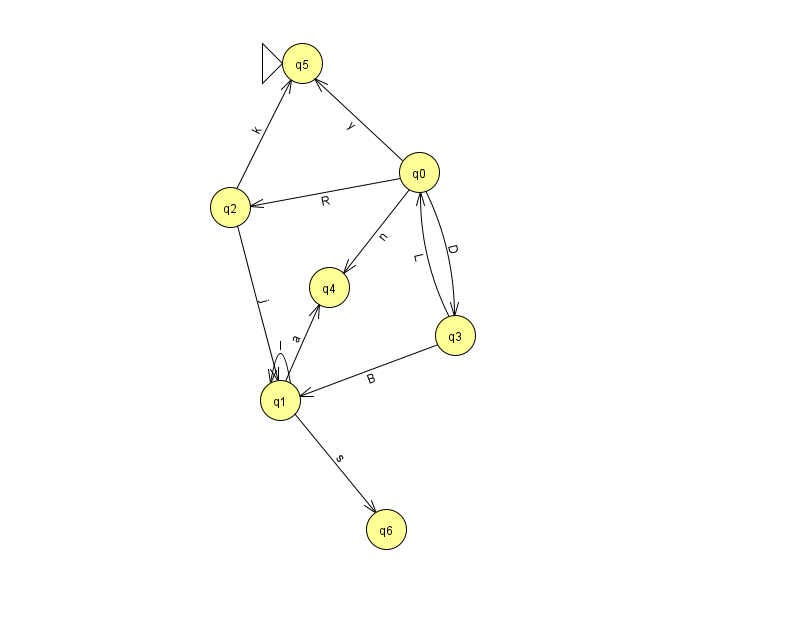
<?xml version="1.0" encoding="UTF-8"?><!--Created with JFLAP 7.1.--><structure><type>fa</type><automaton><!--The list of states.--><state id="0" name="q0"><x>419.0</x><y>159.0</y></state><state id="1" name="q1"><x>280.0</x><y>387.0</y></state><state id="2" name="q2"><x>230.0</x><y>194.0</y></state><state id="3" name="q3"><x>455.0</x><y>322.0</y></state><state id="4" name="q4"><x>329.0</x><y>274.0</y></state><state id="5" name="q5"><x>302.0</x><y>50.0</y><initial/></state><state id="6" name="q6"><x>386.0</x><y>516.0</y></state><!--The list of transitions.--><transition><from>2</from><to>5</to><read>k</read></transition><transition><from>3</from><to>0</to><read>L</read></transition><transition><from>3</from><to>1</to><read>B</read></transition><transition><from>0</from><to>2</to><read>R</read></transition><transition><from>0</from><to>5</to><read>y</read></transition><transition><from>0</from><to>3</to><read>D</read></transition><transition><from>1</from><to>4</to><read>a</read></transition><transition><from>2</from><to>1</to><read>j</read></transition><transition><from>1</from><to>1</to><read>l</read></transition><transition><from>0</from><to>4</to><read>n</read></transition><transition><from>1</from><to>6</to><read>s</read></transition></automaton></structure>